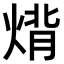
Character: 𤊷